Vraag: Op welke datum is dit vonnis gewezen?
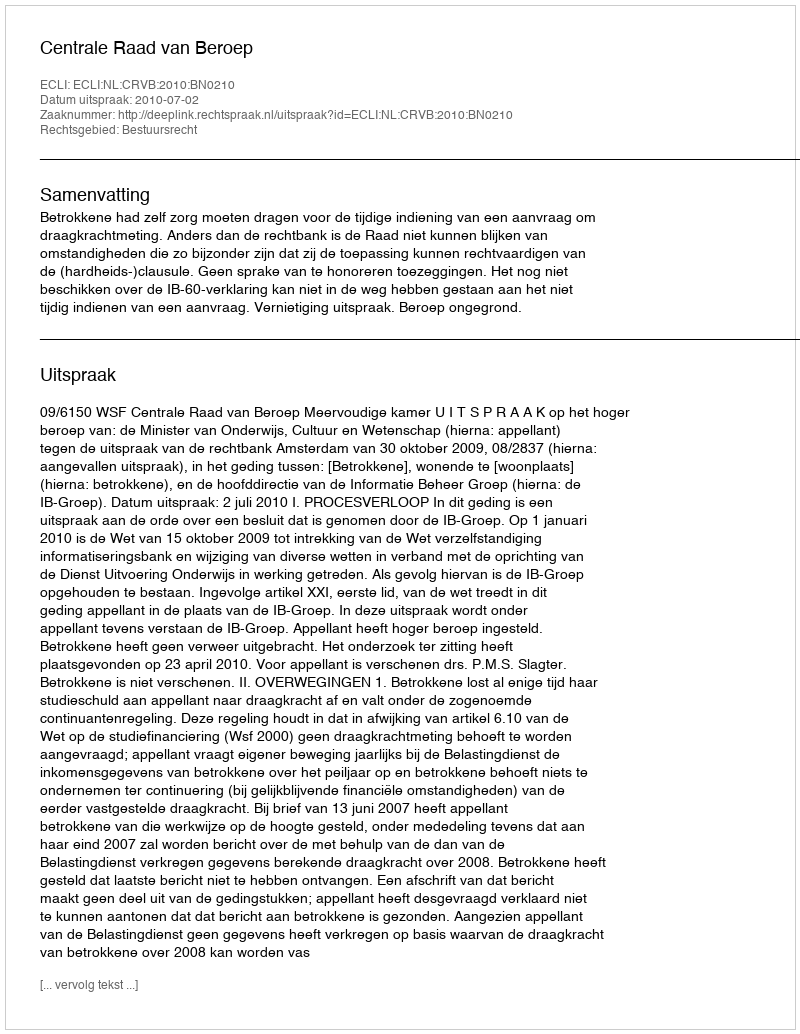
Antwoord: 2010-07-02